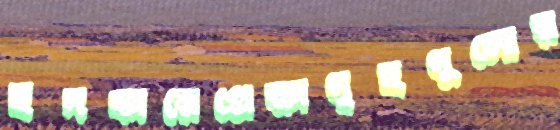
ছদকায়েপ্রেক্ষাগৃহগুলোয়